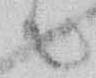
て